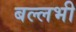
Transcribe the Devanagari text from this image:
बल्‍लभी